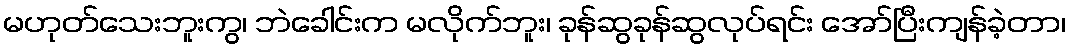
မဟုတ်သေးဘူးကွ၊ ဘဲခေါင်းက မလိုက်ဘူး၊ ခုန်ဆွခုန်ဆွလုပ်ရင်း အော်ပြီးကျန်ခဲ့တာ၊